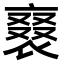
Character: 𧚰